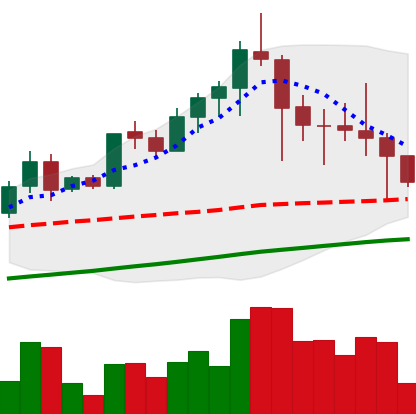
Ticker: LTC-USD
Chart end date: 2021-04-24
Forward return: 13.676%
Label: up_7plus